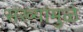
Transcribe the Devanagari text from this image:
संख्यांमुळे